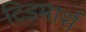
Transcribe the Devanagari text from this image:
टिडमार्श